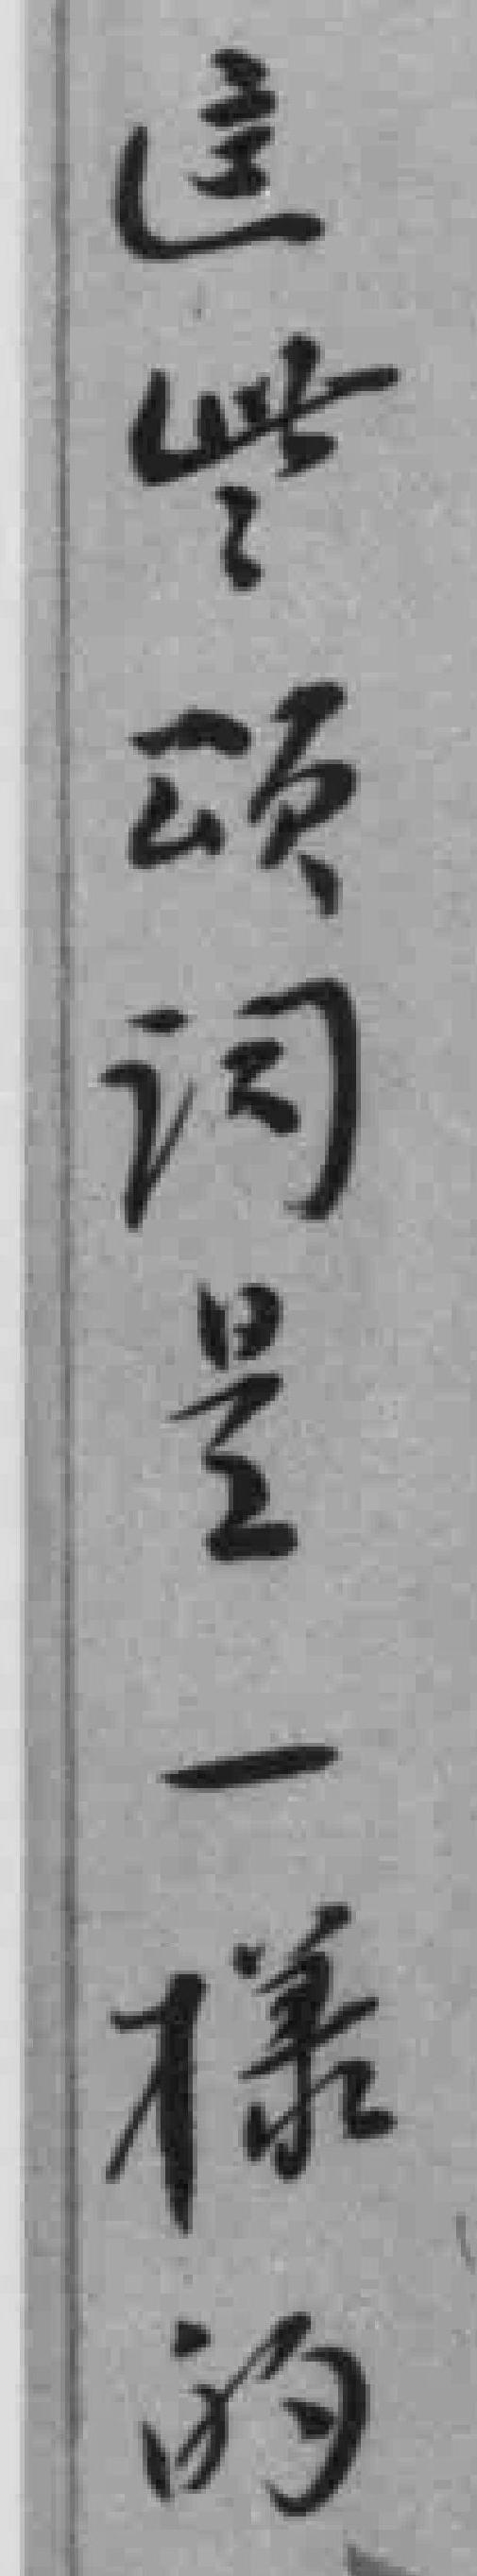
這些頌词是一樣的